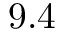
9 . 4